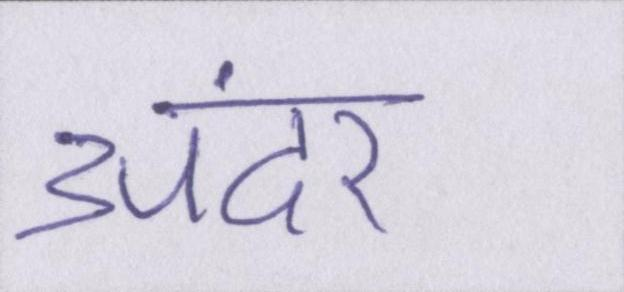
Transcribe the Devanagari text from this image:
अंदर